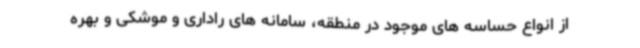
از انواع حساسه های موجود در منطقه، سامانه های راداری و موشکی و بهره